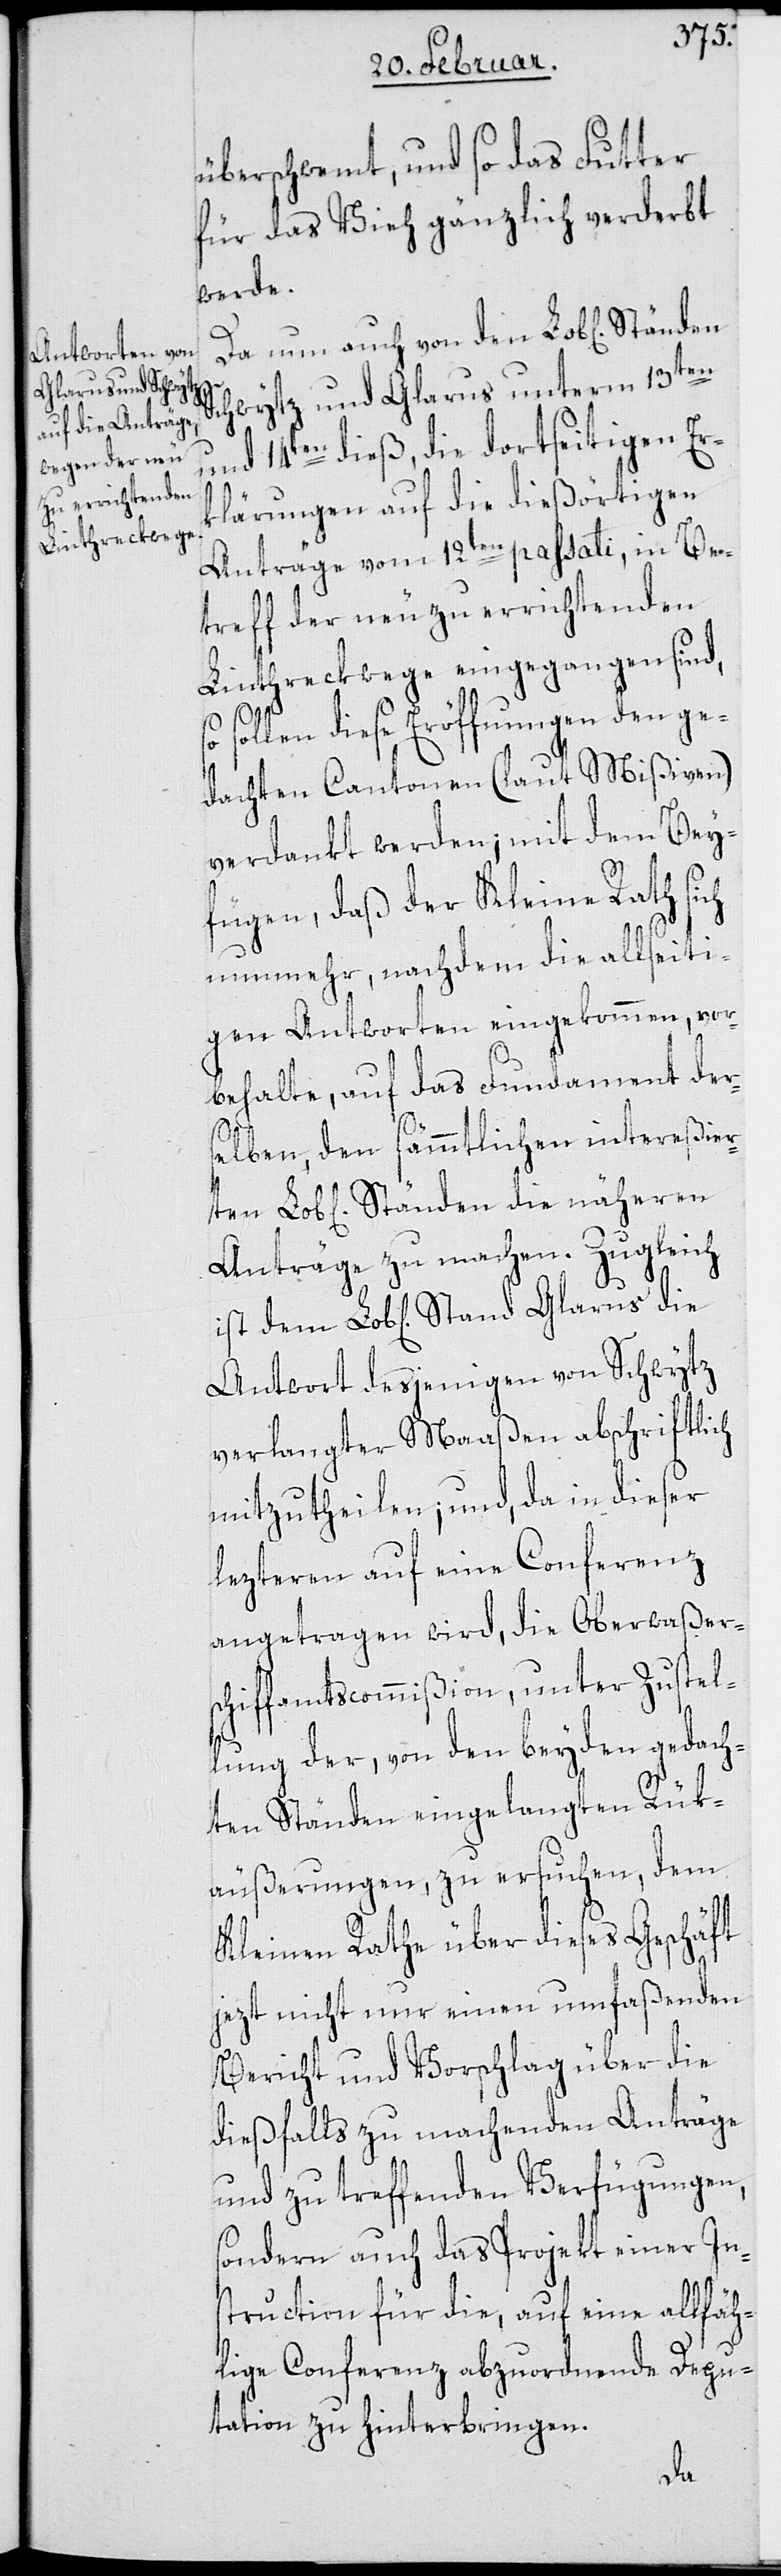
Glarus die

überschwemmt, und so das Futter
für das Vieh gänzlich verderbt
werde.
Da nun auch von den Lob[lichen]
Schwytz und Glarus unterm 13ten
und 14ten dieß, die dortseitigen Er¬
klärungen auf die dießörtigen
Anträge vom 12ten passati, in Be¬
treff der neu zu errichtenden
Linthreckwege eingegangen sind,
sollen diese Eröffnungen den ge¬
dachten Cantonen (laut Mißiven)
verdankt werden; mit dem Bey¬
fügen, daß der Kleine Rath sich
nunmehr, nachdem die allseiti¬
gen Antworten eingekommen, vor¬
behalte, auf das Fundament der¬
selben, den sämmtlichen intereßie¬
Anträge zu machen. Zugleich
Antwort desjenigen von Schwytz
verlangter Maaßen abschriftlich
mitzutheilen, und, da in dieser
lezteren auf eine Conferenz
angetragen wird, die Oberwaßer¬
schiffamtscommißion, unter Zustel¬
lung der, von den beyden gedach¬
ten Ständen eingelangten Rük¬
äußerungen zu ersuchen, dem
Kleinen Rathe über dieses Geschäft
jetzt nicht nur einen umfaßenden
Bericht und Vorschlag über die
dießfalls zu machenden Anträge
und zu treffenden Verfügungen,
sondern auch das Projekt einer In¬
struction für die, auf eine allfäh¬
lige Conferenz abzuordnende Depu¬
tation zu hinterbringen.
die